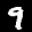
Label: 9